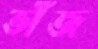
ভাঁজ